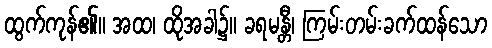
ထွက်ကုန်၏။ အထ၊ ထိုအခါ၌။ ခရမန္တီ၊ ကြမ်းတမ်းခက်ထန်သော